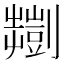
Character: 𫦠